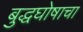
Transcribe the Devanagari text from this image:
बुद्धघोषाचा